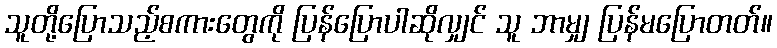
သူတို့ပြောသည့်စကားတွေကို ပြန်ပြောပါဆိုလျှင် သူ ဘာမျှ ပြန်မပြောတတ်။